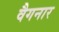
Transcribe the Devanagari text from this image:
वैगनार